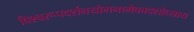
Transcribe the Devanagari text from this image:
विश्वरूपदर्शनयोगनामैकादशोध्याय